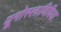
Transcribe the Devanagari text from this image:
यूगोस्लाविविया